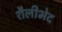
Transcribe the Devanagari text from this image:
शैलीभेद